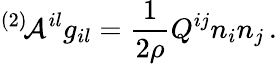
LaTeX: ^{(2)}\! {\cal A}^{il}g_{il}=\frac 1{2\rho}Q^{ij}n_{i}n_{j}\, .